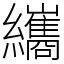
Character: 纗